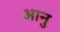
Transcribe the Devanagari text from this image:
आनु